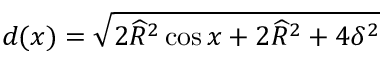
d ( x ) = \sqrt { 2 \widehat { R } ^ { 2 } \cos x + 2 \widehat { R } ^ { 2 } + 4 \delta ^ { 2 } }